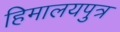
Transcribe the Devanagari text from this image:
हिमालयपुत्र